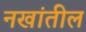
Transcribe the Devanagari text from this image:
नखांतील